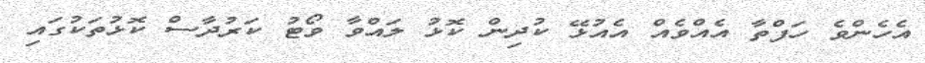
އެހެންވެ ހަފްތާ އެއްވެއް އެއުޅޭ ކުދިން ކޮޅު ލައްވާ ވޯޓު ކަރުދާސް ކޮޅުތަކުގައި